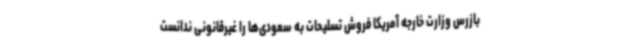
بازرس وزارت خارجه آمریکا فروش تسلیحات به سعودی‌ها را غیرقانونی ندانست